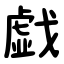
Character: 戯